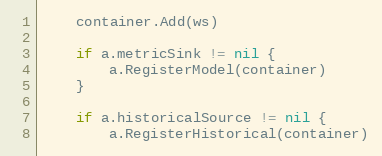
Language: Go
	container.Add(ws)

	if a.metricSink != nil {
		a.RegisterModel(container)
	}

	if a.historicalSource != nil {
		a.RegisterHistorical(container)